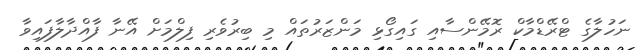
ނަހުލާގެ ޓްރޭޑްމާކް ރޮމޭންސާއި ގައިގޯޅި މަންޒަރުތައް މި ބިރުވެރި ފިލްމަށް އޭނާ ފާއްދާލާފައިވާ